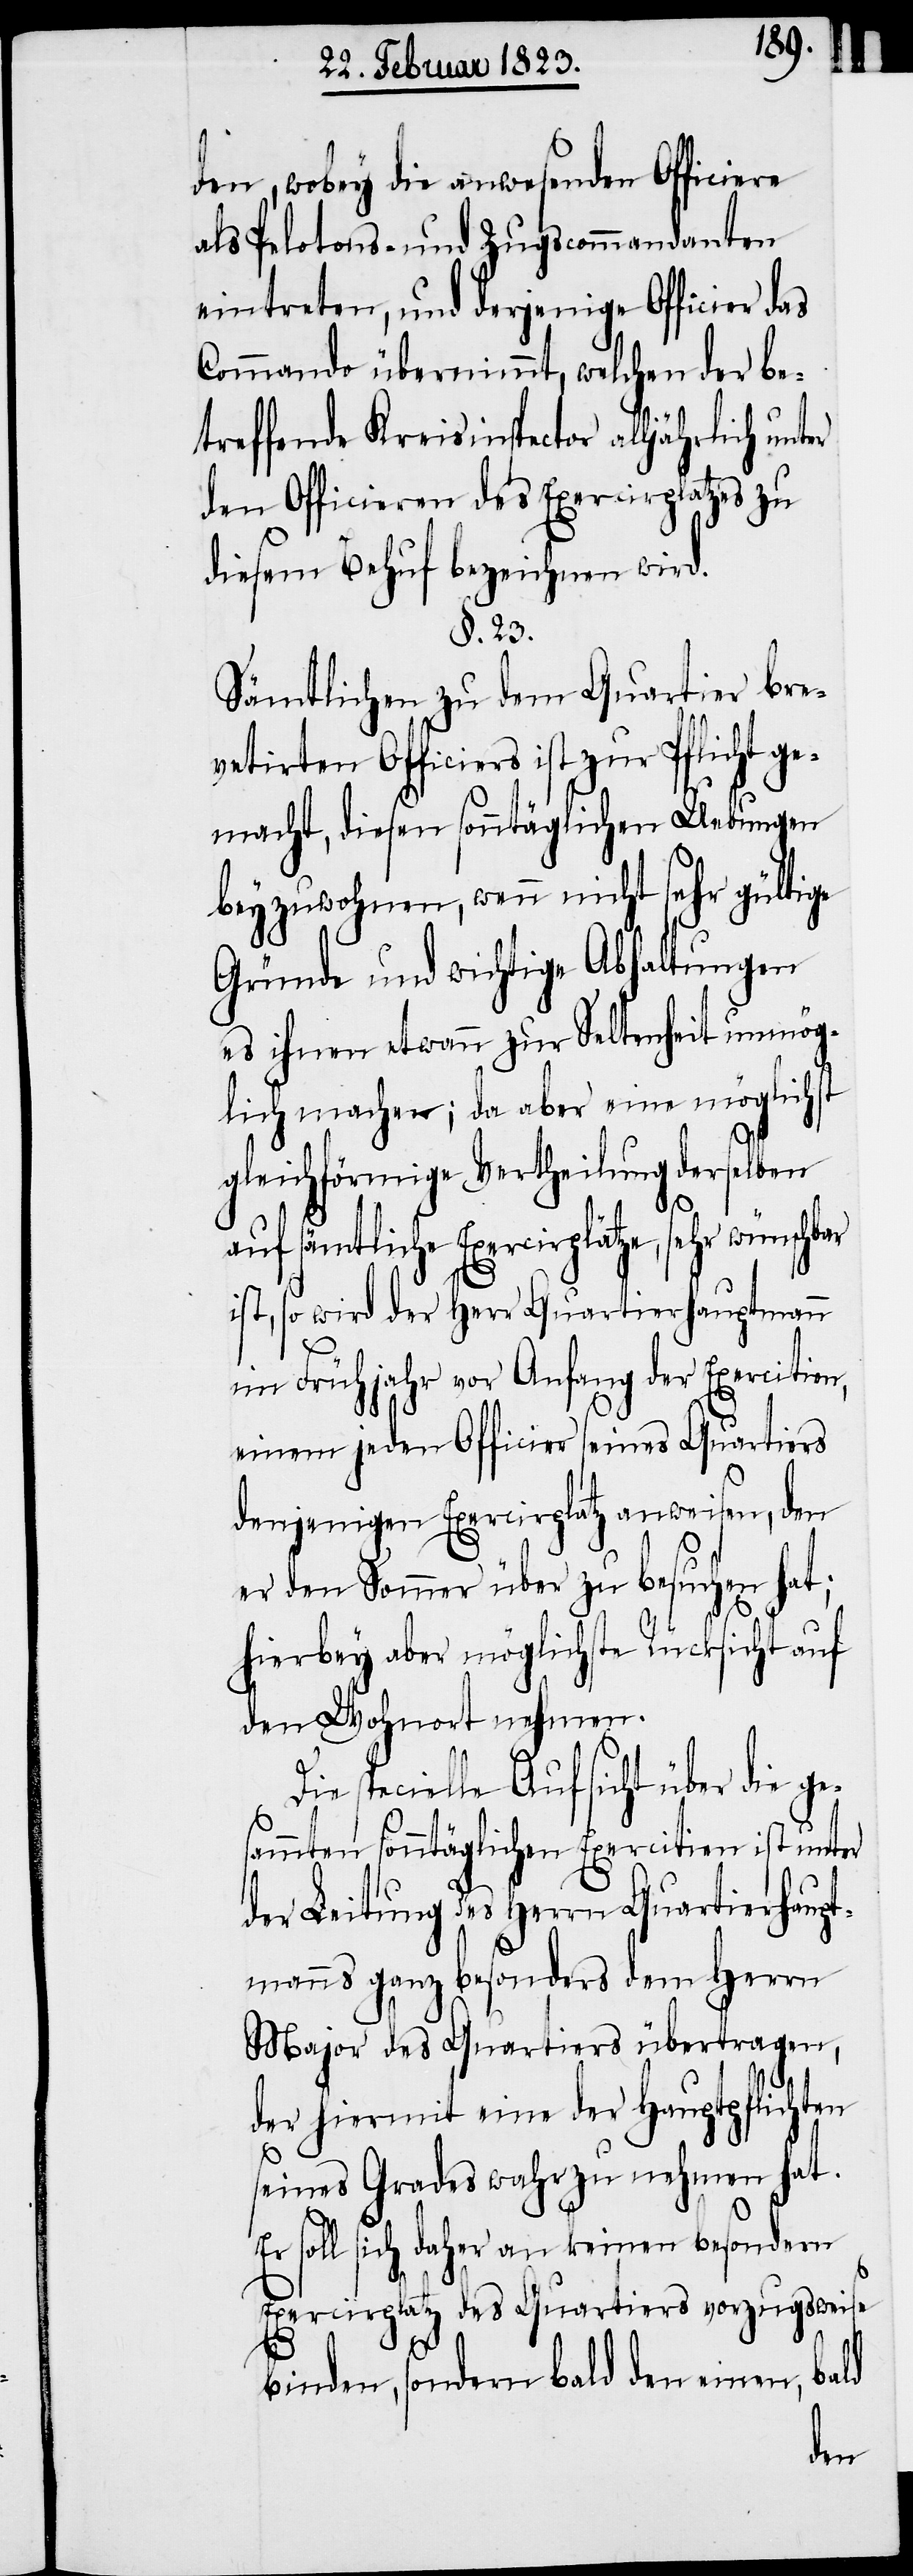
den, wobey die anwesenden Officiere
als Pelotons- und Zugscommandanten
eintreten, und derjenige Officier das
Commando übernimmt, welchen der be¬
treffende Kreisinspector alljährlich unt¬
den Officieren des Exercirplatzes zu
diesem Behuf bezeichnen wird.
§. 23.
Sämtlichen zu dem Quartier bre¬
vetirten Officiers ist zur Pflicht ge¬
macht, diesen sonntäglichen Uebungen
beyzuwohnen, wenn nicht sehr gültige
Gründe und wichtige Abhaltungen
es ihnen etwann zur Seltenheit unmög¬
lich machen; da aber eine möglichst
gleichförmige Vertheilung derselben
auf sämtliche Exercirplätze, sehr
ist, so wird der Herr Quartierhauptmann
im Frühjahr vor Anfang der Exercitien,
einem jeden Officier seines Quartiers
denjenigen Exercirplatz anweisen, den
er den Sommer über zu besuchen hat;
hierbey aber möglichste Rücksicht auf
den Wohnort nehmen.
Die specielle Aufsicht über die ge¬
sammten sonntäglichen Exercitien ist unter
der Leitung des Herrn Quartierhaupt¬
manns ganz besonders dem Herrn
Major des Quartiers übertragen,
der hiermit eine der Hauptpflichten
seines Grades wahr zu nehmen hat.
Er soll sich daher an keinen besondern
Exercirplatz des Quartiers vorzugsweise
binden, sondern bald den einen, bald
er